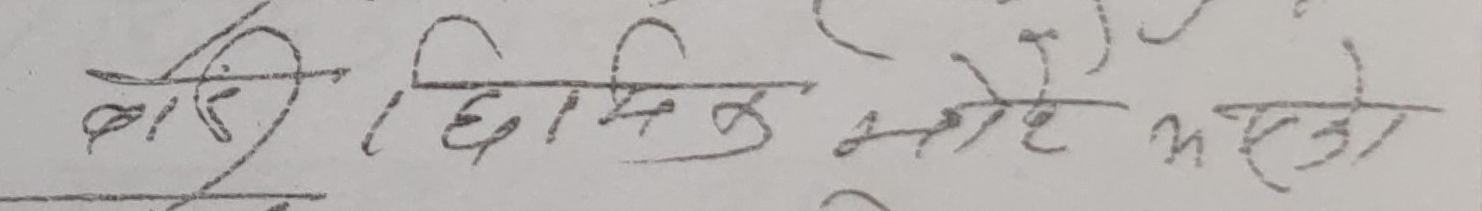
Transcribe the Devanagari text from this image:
बारी । छिनकै भरहे भएको